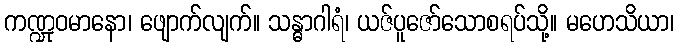
ကဏ္ဍုဝမာနော၊ ဖျောက်လျက်။ သန္ဓာဂါရံ၊ ယဇ်ပူဇော်သောစရပ်သို့။ မဟေသိယာ၊